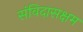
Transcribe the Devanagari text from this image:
संविदासक्षम